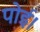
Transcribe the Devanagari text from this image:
पोई।